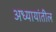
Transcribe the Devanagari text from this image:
अध्यायांतील